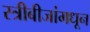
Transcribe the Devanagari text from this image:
स्त्रीबीजांमधून